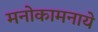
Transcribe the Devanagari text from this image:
मनोकामनाये